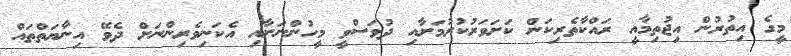
މީގެ އިތުރުން އިޖުތިމާއީ ރައްކާތެރިކަން ކަށަވަރުކުރުމަށާއި ދުވަސްވީ މީހުންނަށާއި އެކަނިވެރިންނަށް ދެވޭ އިނާޔަތްތައް